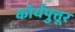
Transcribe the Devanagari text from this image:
कोर्यपुत्तूर